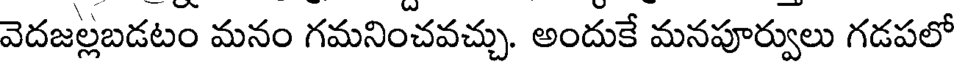
వెదజల్లబడటం మనం గమనించవచ్చు. అందుకే మనపూర్వులు గడపలో